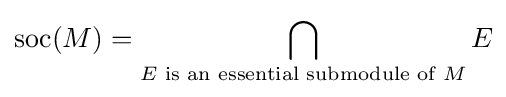
\mathrm {soc} (M)=\bigcap _{E{\text{ is an essential submodule of }}M}E